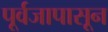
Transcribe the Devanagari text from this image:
पूर्वजापासून